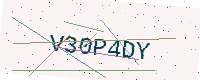
Text: V30P4DY